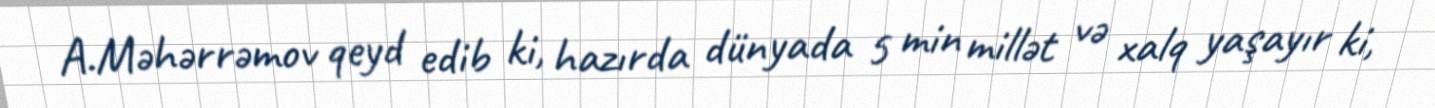
A.Məhərrəmov qeyd edib ki, hazırda dünyada 5 min millət və xalq yaşayır ki,